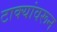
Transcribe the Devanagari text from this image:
टाक्यांवरून